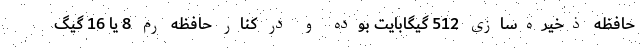
حافظه ذخیره‌سازی 512 گیگابایت بوده و در کنار حافظه رم 8 یا 16 گیگ